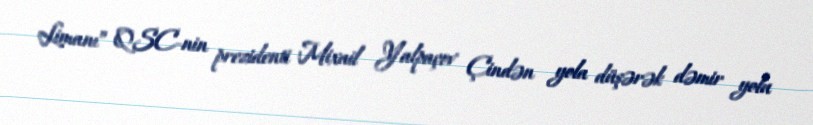
Limanı” QSC-nin prezidenti Mixail Yalpaçov Çindən yola düşərək dəmir yolu